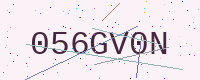
Text: 056GV0N